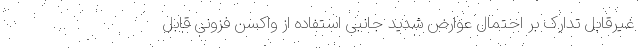
غیرقابل تدارک بر احتمال عوارض شدید جانبی استفاده از واکسن فزونی قابل